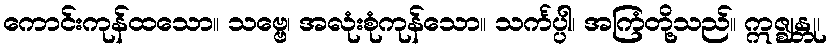
ကောင်းကုန်ထသော။ သဗ္ဗေ၊ အလုံးစုံကုန်သော။ သင်္ကပ္ပါ၊ အကြံတို့သည်။ ဣဇ္ဈန္တု၊